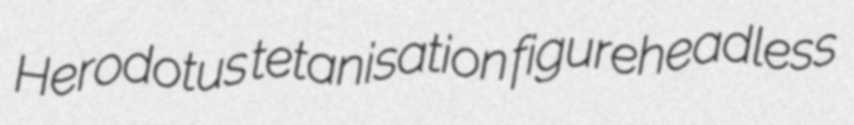
Herodotus tetanisation figureheadless